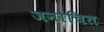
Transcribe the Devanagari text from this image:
जनोचित